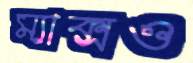
ম্যাক্সও